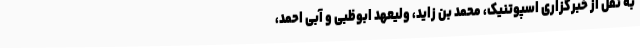
به نقل از خبرگزاری اسپوتنیک، محمد بن زاید، ولیعهد ابوظبی و آبی احمد،